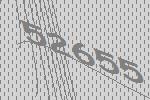
52655